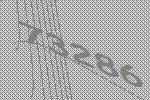
73286